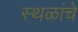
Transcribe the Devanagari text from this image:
स्‍थळांचे